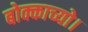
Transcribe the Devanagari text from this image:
बोक्काच्यो।